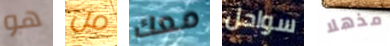
هو من معك سواحل مذهلا